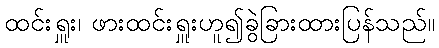
ထင်းရှူး၊ ဖားထင်းရှူးဟူ၍ခွဲခြားထားပြန်သည်။